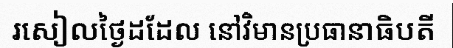
រសៀលថ្ងៃដដែល នៅវិមានប្រធានាធិបតី